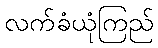
လက်ခံယုံကြည်